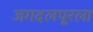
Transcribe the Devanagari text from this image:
जगदलपूरला